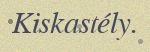
Kiskastély.